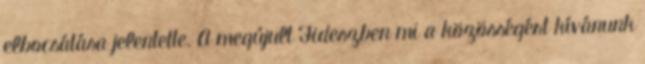
elbocsátása jelentette. A megújult Fideszben mi a közösségért kívánunk